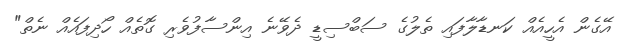
އޭގެން އެހީއެއް ކަނޑާލާފައި ތެލުގެ ސަބްސިޑީ ދެވޭނެ އިންސާފުވެރި ގޮތެއް ހޯދިފައެއް ނެތް"